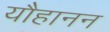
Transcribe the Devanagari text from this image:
यौहानन